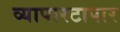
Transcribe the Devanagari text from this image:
व्यापारटापार